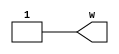
`timescale 10ns / 1ns

module wavegen(output reg w);
  initial
  begin
    w=0;
    #2 w=1;
    #1 w=0;
    #9 w=1;
    #10 w=0;
    #2 w=1;
    #3 w=0;
    #5 w=1;
  end
endmodule